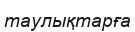
таулықтарға